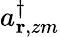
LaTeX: a_{{\mathbf r},zm}^{\dagger}